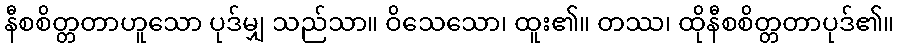
နီစစိတ္တတာဟူသော ပုဒ်မျှ သည်သာ။ ဝိသေသော၊ ထူး၏။ တဿ၊ ထိုနီစစိတ္တတာပုဒ်၏။